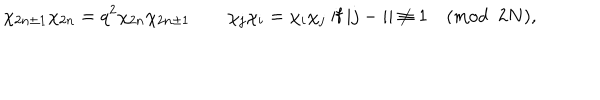
LaTeX: \chi _ { 2 n \pm 1 } \chi _ { 2 n } = q ^ { 2 } \chi _ { 2 n } \chi _ { 2 n \pm 1 } \qquad \chi _ { j } \chi _ { i } = \chi _ { i } \chi _ { j } \mathrm { ~ i f ~ } | j - i | \not \equiv 1 \pmod { 2 N } ,